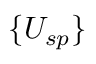
\{ U _ { s p } \}